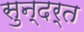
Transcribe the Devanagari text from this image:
सुन्दर्त